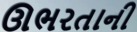
ઊભરતાની